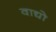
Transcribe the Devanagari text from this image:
वाद्यो